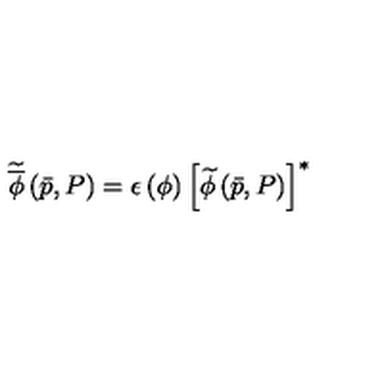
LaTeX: \widetilde { \overline { { \phi } } } \left( \bar { p } , P \right) = \epsilon \left( \phi \right) \left[ \widetilde { \phi } \left( \bar { p } , P \right) \right] ^ { * }